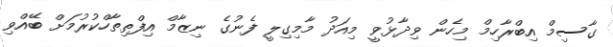
ގާސިމް އިބްރާހިމް މިހެން ވިދާޅުވީ މިއަދު މާމިގިލީ ފެނުގެ ނިޒާމް އިފްތިތާހްކުރުމަށް ބޭއްވި